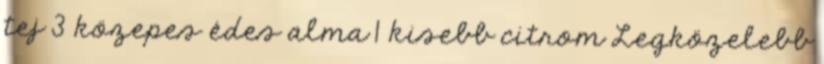
tej 3 közepes édes alma 1 kisebb citrom Legközelebb